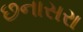
છનાસરા